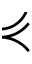
\curlyeqprec